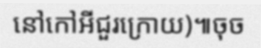
នៅកៅអីជួរក្រោយ)៕ចុច